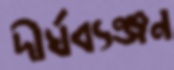
দীর্ঘব্যঞ্জন